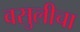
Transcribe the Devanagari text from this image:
वसुलीचा